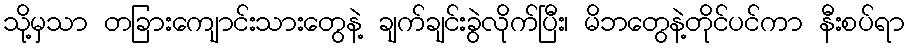
သို့မှသာ တခြားကျောင်းသားတွေနဲ့ ချက်ချင်းခွဲလိုက်ပြီး၊ မိဘတွေနဲ့တိုင်ပင်ကာ နီးစပ်ရာ